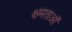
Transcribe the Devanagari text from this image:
क्षमताऑ